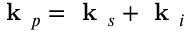
\textbf { k } _ { p } = \textbf { k } _ { s } + \textbf { k } _ { i }